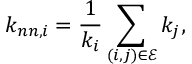
k _ { n n , i } = \frac { 1 } { k _ { i } } \sum _ { ( i , j ) \in \mathscr { E } } k _ { j } ,